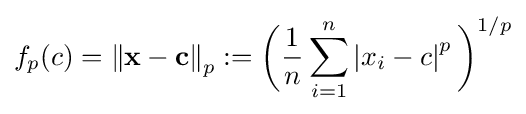
f_{p}(c)=\left\|\mathbf {x} -\mathbf {c} \right\|_{p}:={\bigg (}{\frac {1}{n}}\sum _{i=1}^{n}\left|x_{i}-c\right|^{p}{\bigg )}^{1/p}